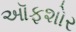
ઑફશોર